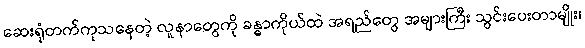
ဆေးရုံတက်ကုသနေတဲ့ လူနာတွေကို ခန္ဓာကိုယ်ထဲ အရည်တွေ အများကြီး သွင်းပေးတာမျိုး၊